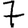
Digit: 7